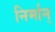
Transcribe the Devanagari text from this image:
निर्मान्